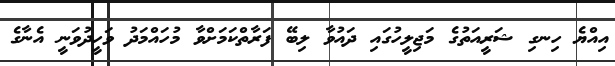
އިއްޔެ ހިނގި ޝަރީއަތުގެ މަޖިލީހުގައި ދައުވާ ލިބޭ ފަރާތްކަމަށްވާ މުހައްމަދު ވަހީދުވަނީ އެނާގެ